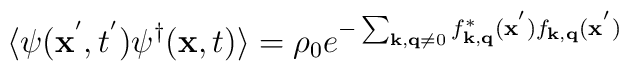
\langle \psi({\bf{x}}^{'},t^{'})\psi^{\dagger}({\bf{x}},t)\rangle = \rho_{0}e^{-\sum_{ {\bf{k}}, {\bf{q}} \neq 0 }f^{*}_{ {\bf{k}}, {\bf{q}} }({\bf{x}}^{'})f_{ {\bf{k}}, {\bf{q}} }({\bf{x}}^{'}) }